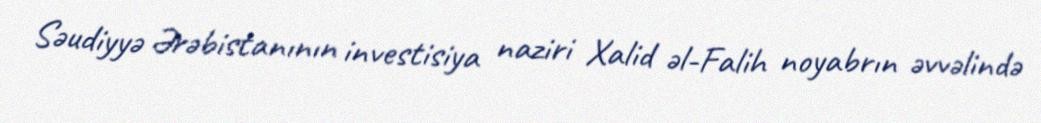
Səudiyyə Ərəbistanının investisiya naziri Xalid əl-Falih noyabrın əvvəlində